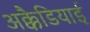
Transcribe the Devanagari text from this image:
अक्कैडियाई